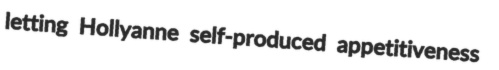
letting Hollyanne self-produced appetitiveness